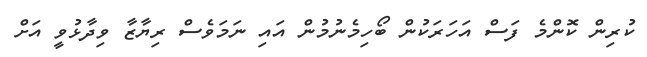
ކުރިން ކޮންމެ ފަސް އަހަރަކުން ބޯހިމެނުމުން އައި ނަމަވެސް ރިޔާޒާ ވިދާޅުވީ އަށް